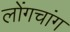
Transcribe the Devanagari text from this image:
लोंगचांग